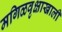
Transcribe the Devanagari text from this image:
मगिळवृक्षाखाली